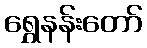
ရွှေနန်းတော်